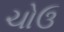
ચોઉ